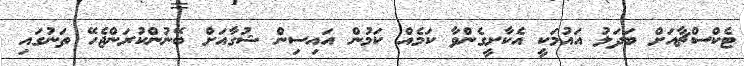
ޓެކްސްޗާއަށް ބަދަލު އައުމަކީ އެކާށީގެންވާ ކަމެއް ކަމުން އައިސިން ޝުގާއަށް ބޭނުންކުރަންޖެހޭ ތަނުގައި